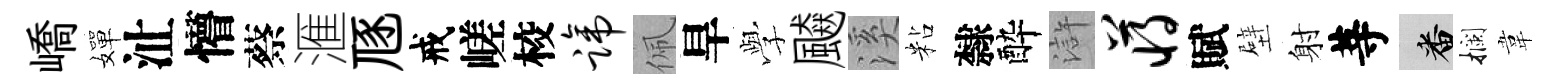
嶠嬋沚懵蔡滙豗戒嵯校蹄佩旱𫝯飇溪粘隸酔滸蒋賦壁射䓁番攔韋